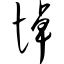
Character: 悼